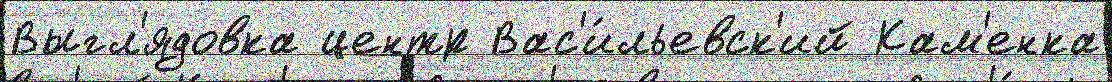
Выгл'ядовка центр Вас'и́льевск'ий Кам'енка